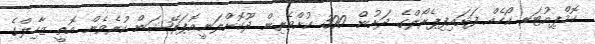
ކޮމްޕިއުޓަރ ކޯހެއް ފަށައިފިޕެރޯލްގެ ދަށުން 300 ކުށްވެރިން ދޫކޮށްލަނީއޮޕަރޭޝަން ކުރެވެން އޮތީ ޒާހިލްގެ